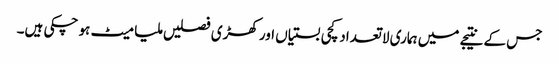
جس کے نتیجے میں ہماری لا تعداد کچی بستیاں اور کھڑی فصلیں ملیا میٹ ہو چکی ہیں۔